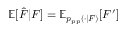
\mathbb { E } [ \hat { F } | F ] = \mathbb { E } _ { p _ { p p } ( \cdot | F ) } [ F ^ { \prime } ]